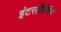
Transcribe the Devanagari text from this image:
इंटरलैसिंग